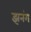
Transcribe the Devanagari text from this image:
झनंग